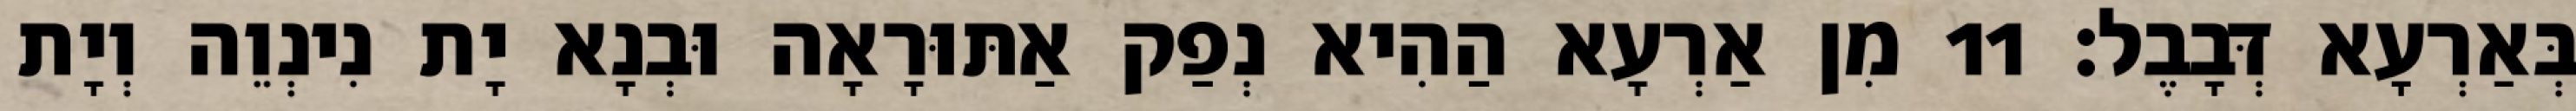
בְּאַרְעָא דְּבָבֶל׃ 11 מִן אַרְעָא הַהִיא נְפַק אַתּוּרָאָה וּבְנָא יָת נִינְוֵה וְיָת